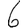
Digit: 6